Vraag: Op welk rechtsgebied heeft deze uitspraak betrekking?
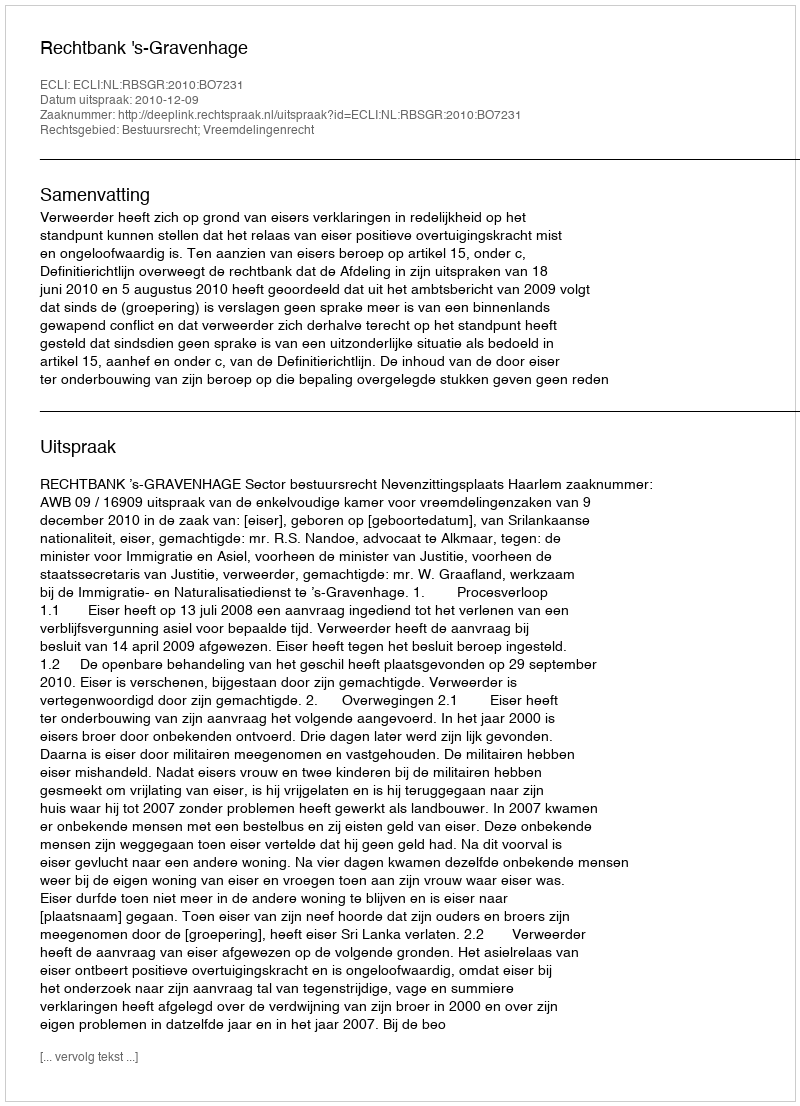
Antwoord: Bestuursrecht; Vreemdelingenrecht